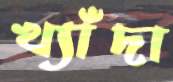
খ্যাঁদা